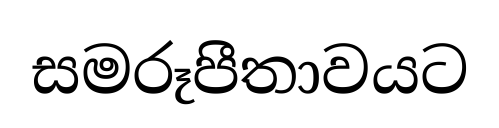
සමරූපීතාවයට